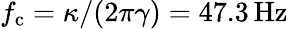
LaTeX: f_{\mathrm{c}}=\kappa/(2\pi\gamma)=47.3\, \mathrm{{Hz}}